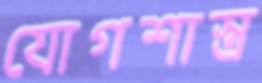
যোগশাস্ত্র